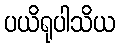
ပယိရုပါသိယ